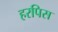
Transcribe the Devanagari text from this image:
हरपिस